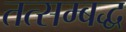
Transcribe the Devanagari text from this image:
तत्सम्बद्ध